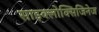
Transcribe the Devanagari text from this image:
साइक्लोक्सिजिनेज